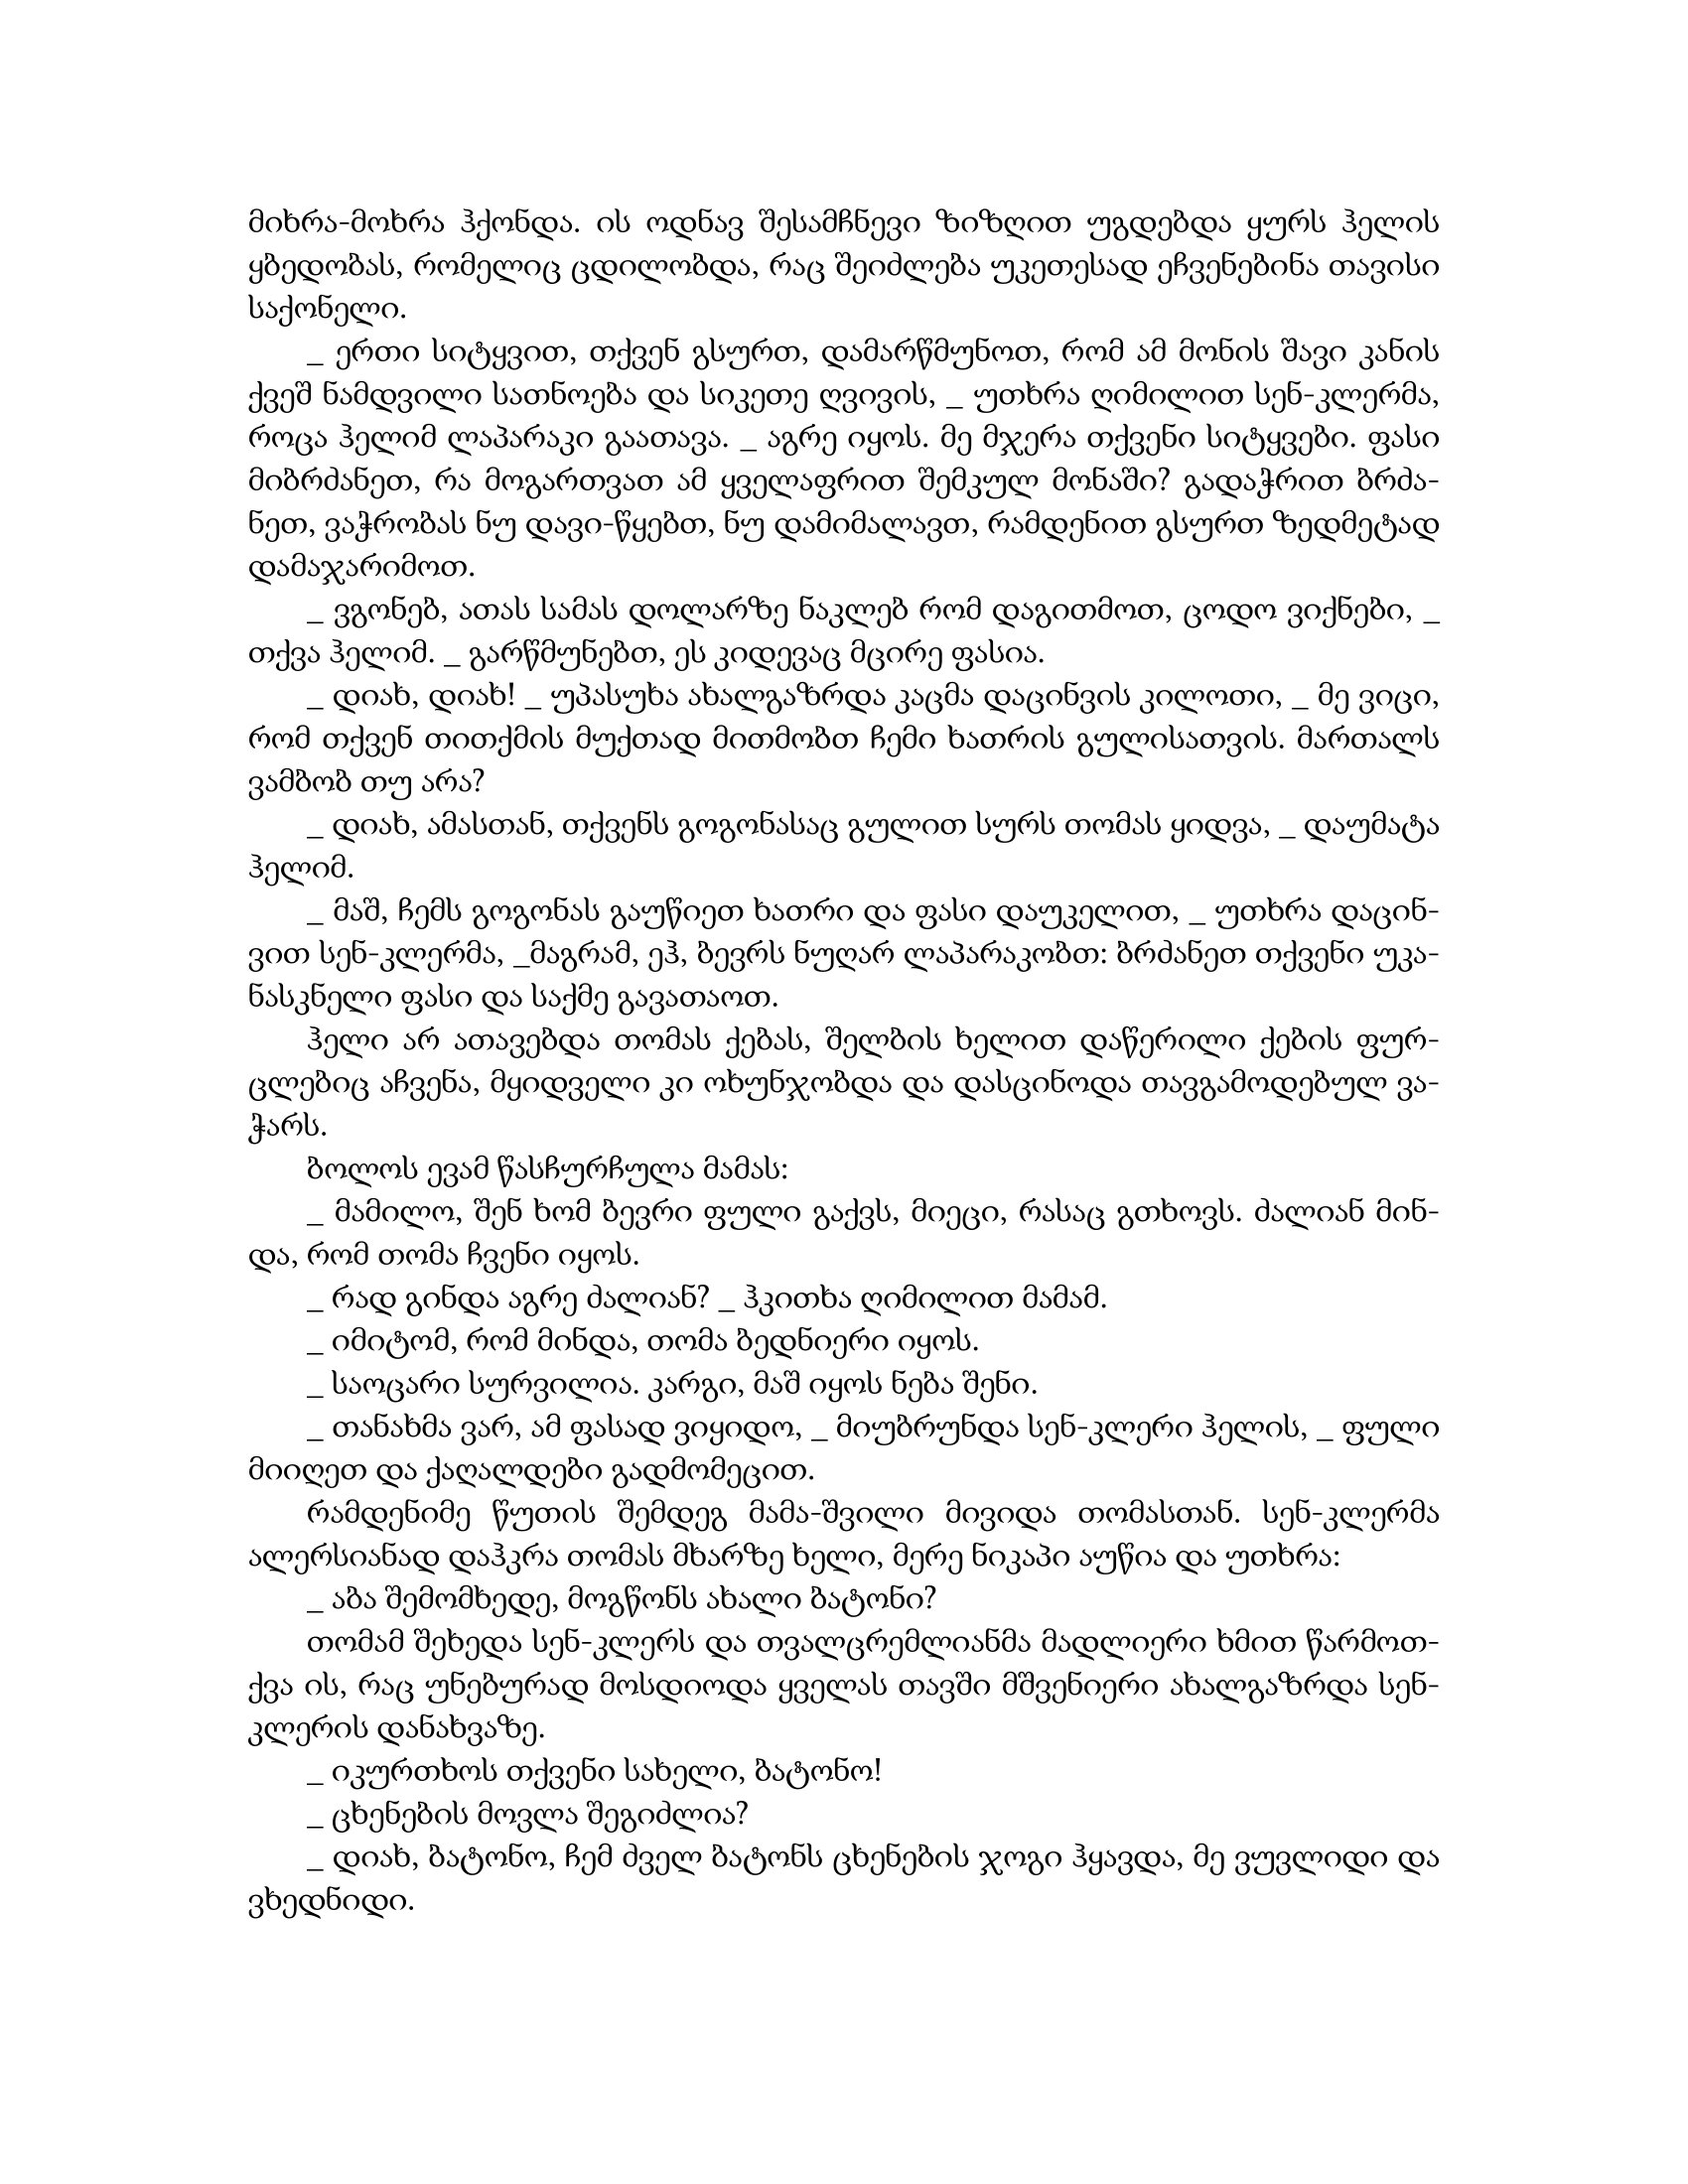
Language: gr